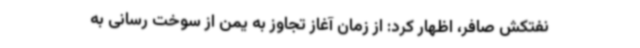
نفتکش صافر، اظهار کرد: از زمان آغاز تجاوز به یمن از سوخت رسانی به